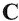
C